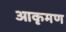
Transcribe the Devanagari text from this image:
आकृमण